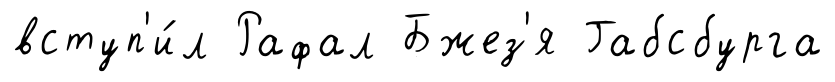
вступ'и́л Рафал Бжез'я Габсбурга